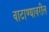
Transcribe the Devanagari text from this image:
वाटाण्यावरील